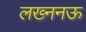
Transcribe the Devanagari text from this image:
लख्ननऊ